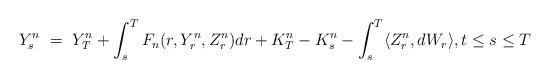
\begin{align*}Y_s^n \ = \ Y_T^n + \int_s^T F_n(r,Y_r^n,Z_r^n) dr + K_T^n - K_s^n - \int_s^T \langle Z_r^n, dW_r\rangle, t \leq s \leq T\end{align*}